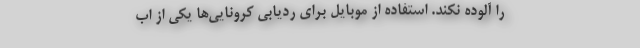
را آلوده نکند. استفاده از موبایل برای ردیابی کرونایی‌ها یکی از اب